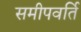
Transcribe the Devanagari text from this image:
समीपवर्ति